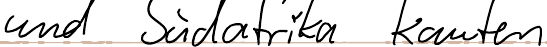
und Südafrika kaufen